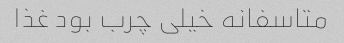
متاسفانه خیلی چرب بود غذا